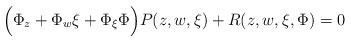
LaTeX: \begin{align*} \Bigl(\Phi_{z}+ \Phi_{w}\xi+ \Phi_{\xi}\Phi\Bigr)P(z,w,\xi)+R(z,w,\xi,\Phi)=0\end{align*}